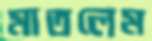
মাতলেম